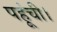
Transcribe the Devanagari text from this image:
पहूंची।